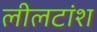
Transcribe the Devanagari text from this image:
लीलटांश